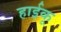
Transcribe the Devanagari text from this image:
हाईकू